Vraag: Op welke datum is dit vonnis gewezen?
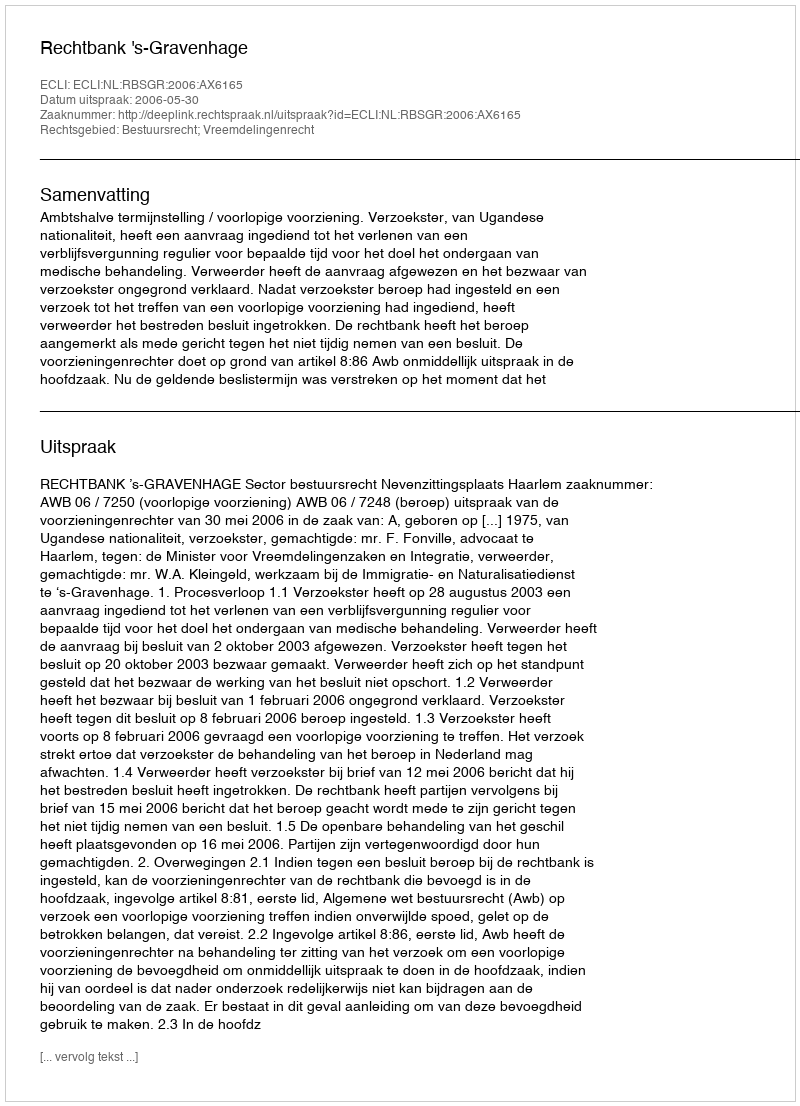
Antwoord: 2006-05-30